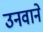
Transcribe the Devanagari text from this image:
उनवाने